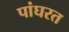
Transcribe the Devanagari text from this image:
पांघरत